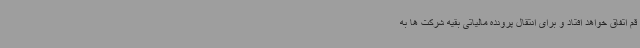
قم اتفاق خواهد افتاد و برای انتقال پرونده مالیاتی بقیه شرکت ها به